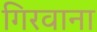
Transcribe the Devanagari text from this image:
गिरवाना